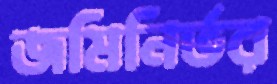
জমিনির্ভর